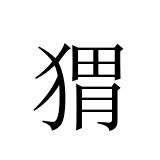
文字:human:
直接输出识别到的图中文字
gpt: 猬